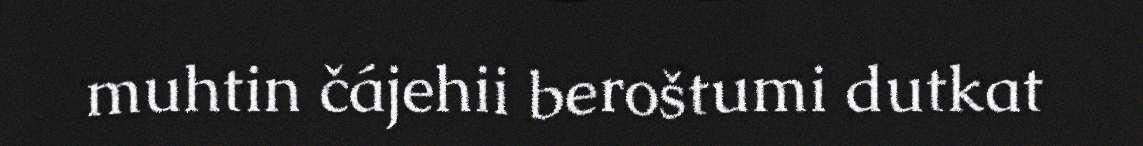
muhtin čájehii beroštumi dutkat